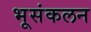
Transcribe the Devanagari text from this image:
भूसंकलन